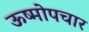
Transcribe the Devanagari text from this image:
ऊष्मोपचार